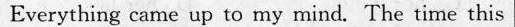
Everything came up to may mind The time this